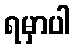
ရမှာပါ